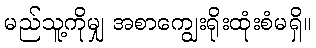
မည်သူ့ကိုမျှ အစာကျွေးရိုးထုံးစံမရှိ။